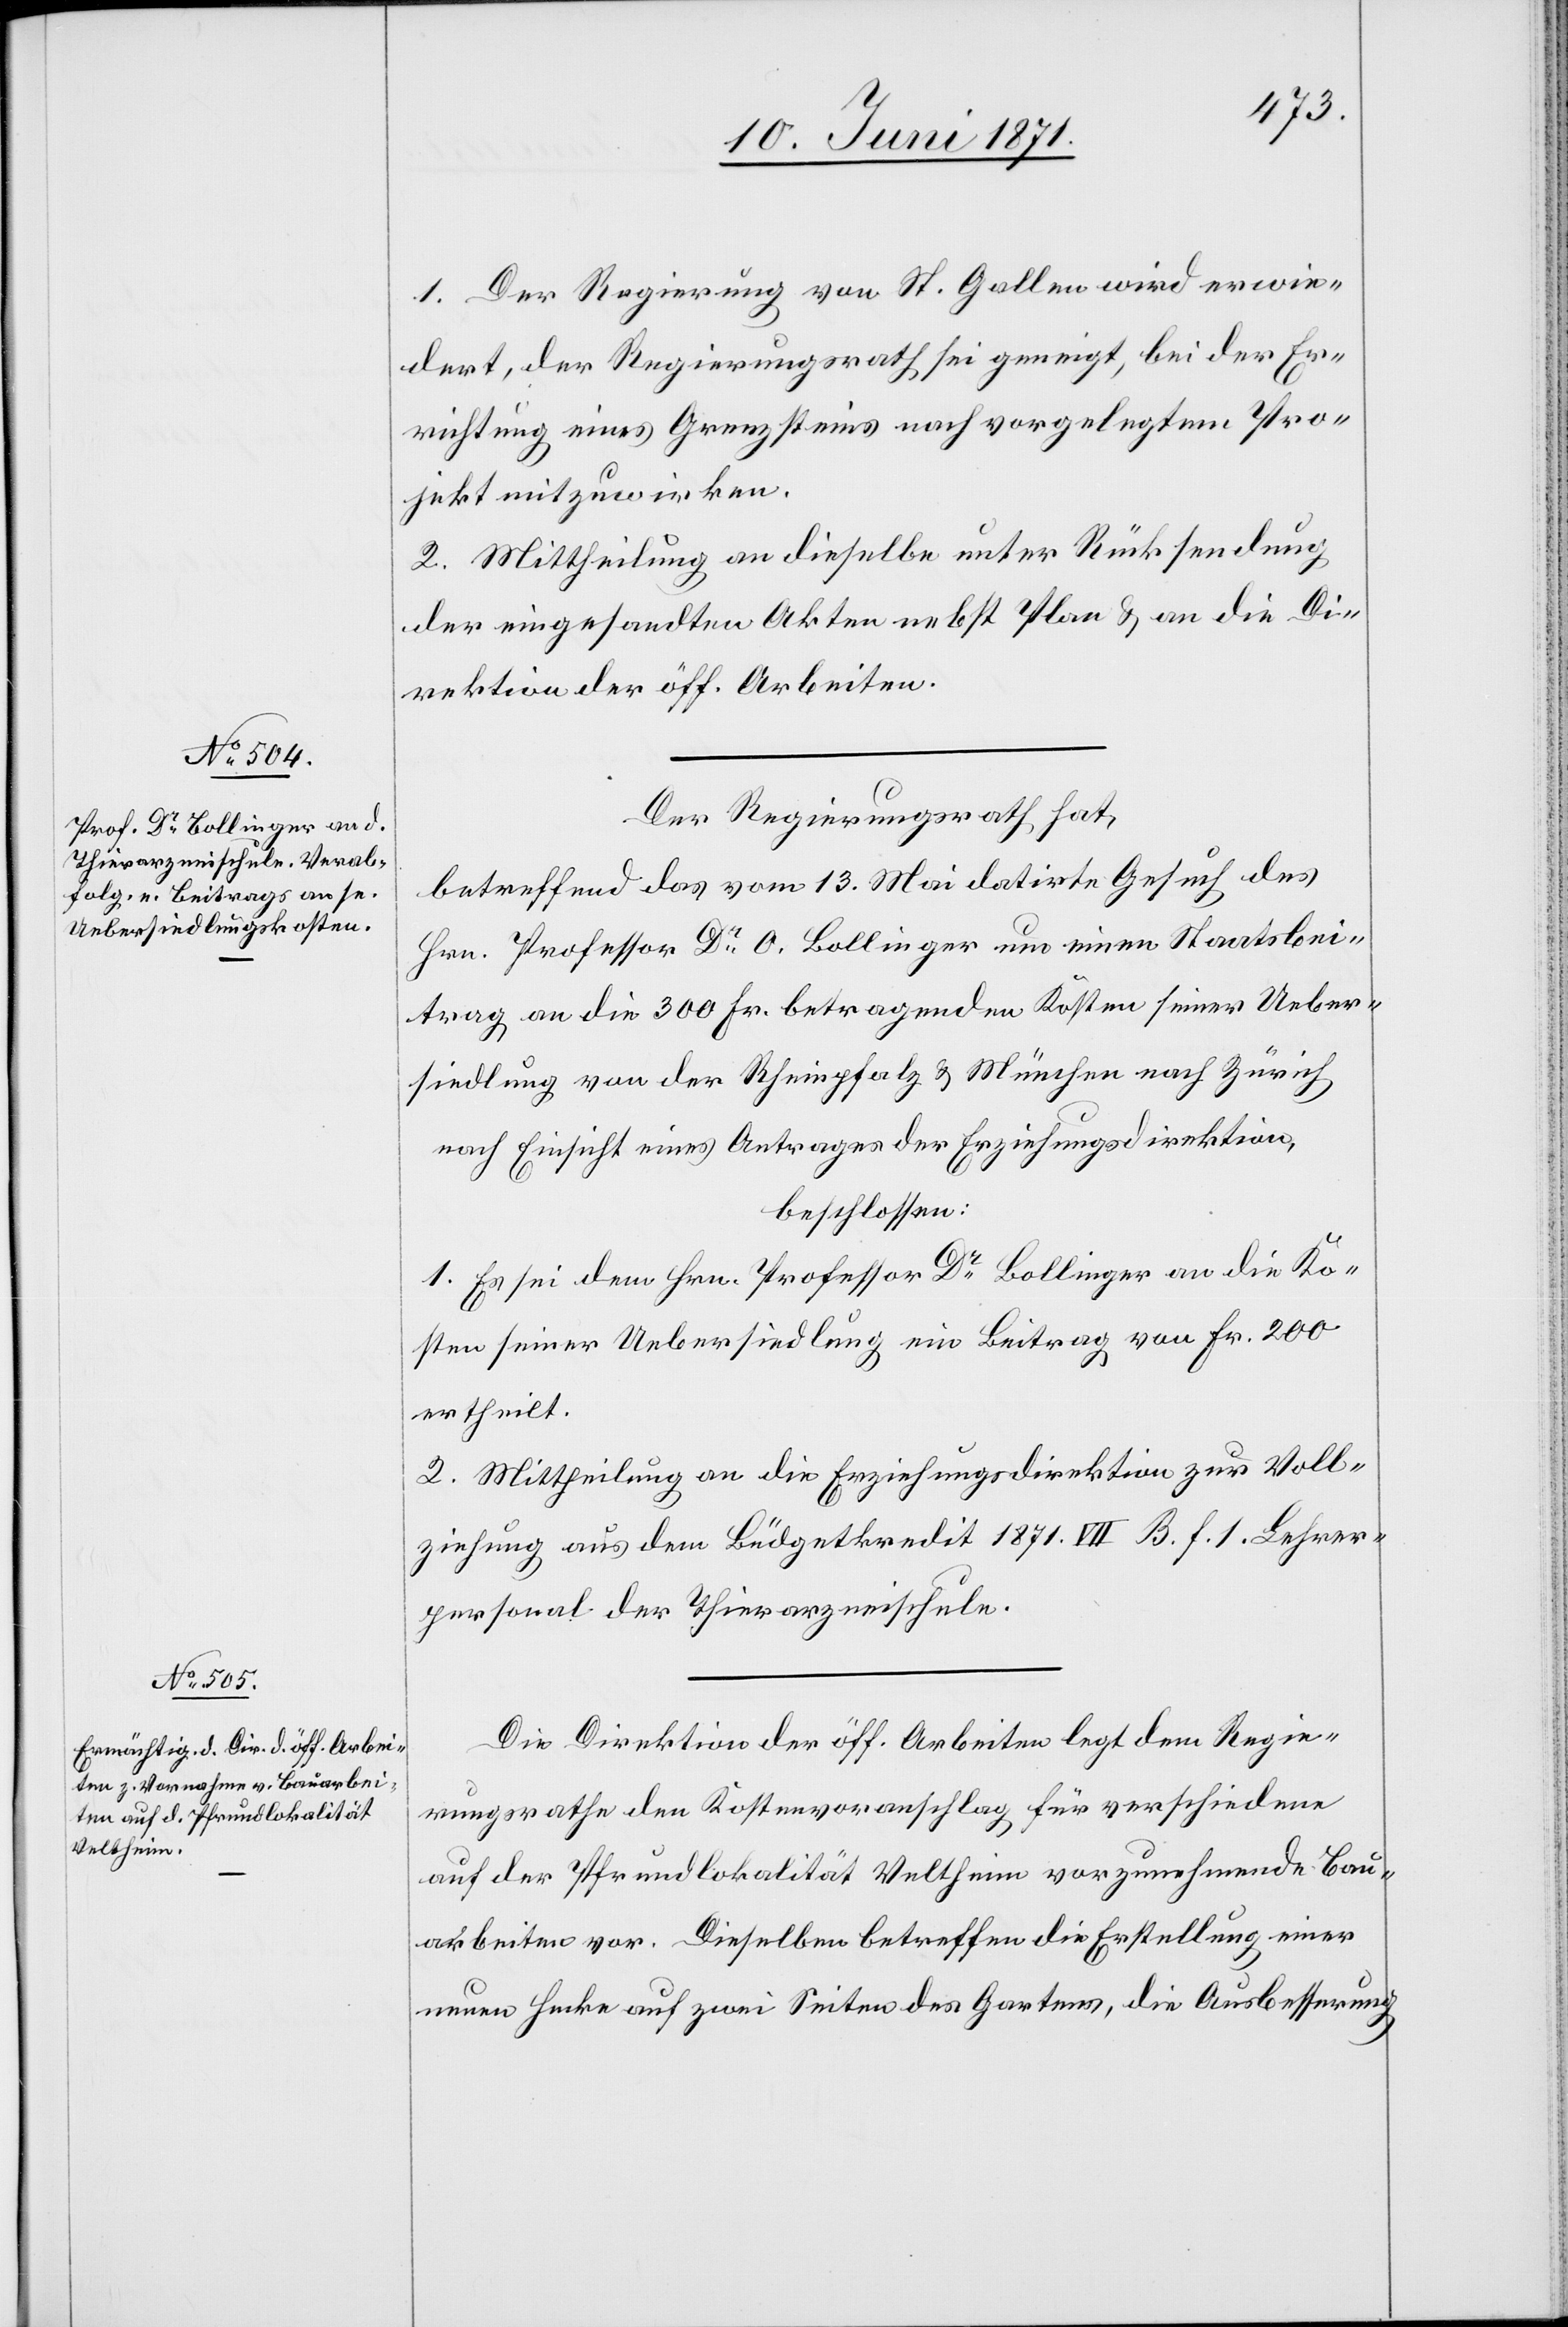
1. Der Regierung von St. Gallen wird erwie¬
dert, der Regierungsrath sei geneigt, bei der Er¬
richtung eines Grenzsteins nach vorgelegtem Pro¬
jekt mitzuwirken.
2. Mittheilung an dieselbe unter Rücksendung
der eingesandten Akten nebst Plan u. an die Di¬
rektion der öff. Arbeiten.
Der Regierungsrath hat,
betreffend das vom 13. Mai datirte Gesuch des
Hrn. Professor Dr. O. Bollinger um einen Staatsbei¬
trag an die 300 Fr. betragenden Kosten seiner Ueber¬
siedlung von der Rheinpfalz u. München nach Zürich
nach Einsicht eines Antrages der Erziehungsdirektion,
beschlossen:
1. Es sei dem Hrn. Professor Dr. Bollinger an die Ko¬
sten seiner Uebersiedlung ein Beitrag von Fr. 200
ertheilt.
2. Mittheilung an die Erziehungsdirektion zur Voll¬
ziehung aus dem Büdgetkredit 1871. VII B. f. 1. Lehrer¬
personal der Thierarzneischule.
Die Direktion der öff. Arbeiten legt dem Regie¬
rungsrathe den Kostenvoranschlag für verschiedene
auf der Pfrundlokalität Veltheim vorzunehmende Bau¬
arbeiten vor. Dieselben betreffen die Erstellung einer
neuen Hecke auf zwei Seiten des Gartens, die Ausbesserung